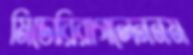
মিডোরিরাগলেননম